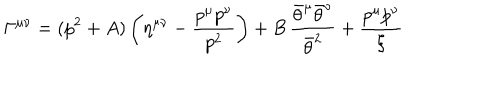
LaTeX: \Gamma ^ { \mu \nu } = ( p ^ { 2 } + A ) \left( \eta ^ { \mu \nu } - { \frac { p ^ { \mu } p ^ { \nu } } { p ^ { 2 } } } \right) + B \, { \frac { \bar { \theta } ^ { \mu } \bar { \theta } ^ { \nu } } { \bar { \theta } ^ { 2 } } } + { \frac { p ^ { \mu } p ^ { \nu } } { \xi } }